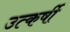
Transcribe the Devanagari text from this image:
उत्कर्षी